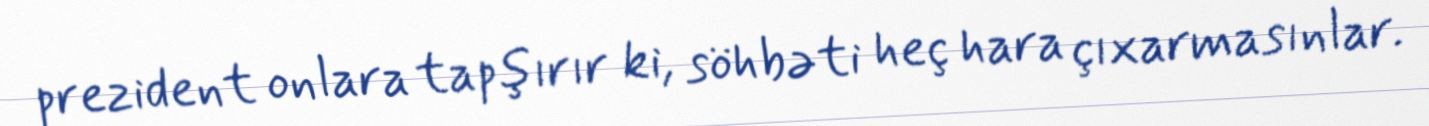
prezident onlara tapşırır ki, söhbəti heç hara çıxarmasınlar.